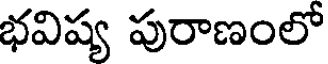
భవిష్య పురాణంలో